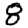
Digit: 8